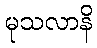
မုသလာနိ